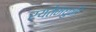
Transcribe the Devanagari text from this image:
रयतेमधुनी